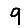
Digit: 9